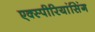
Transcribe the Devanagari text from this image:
एक्स्पीरियांसिंग